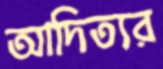
আদিত্যর